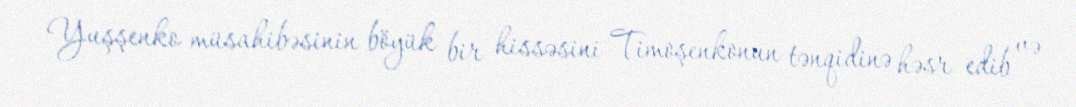
Yuşşenko müsahibəsinin böyük bir hissəsini Timoşenkonun tənqidinə həsr edib və